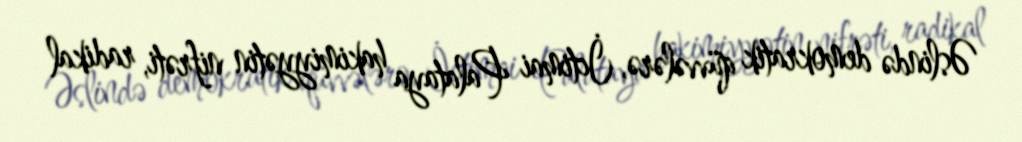
Əslində demokratik qüvvələrə, İctimai Palataya hakimiyyətin nifrəti, radikal